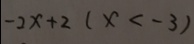
- 2 x + 2 ( x < - 3 )